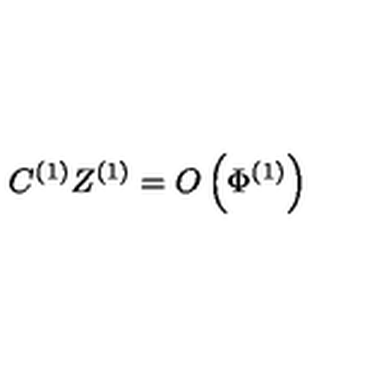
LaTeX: C ^ { ( 1 ) } Z ^ { ( 1 ) } = O \left( \Phi ^ { ( 1 ) } \right)